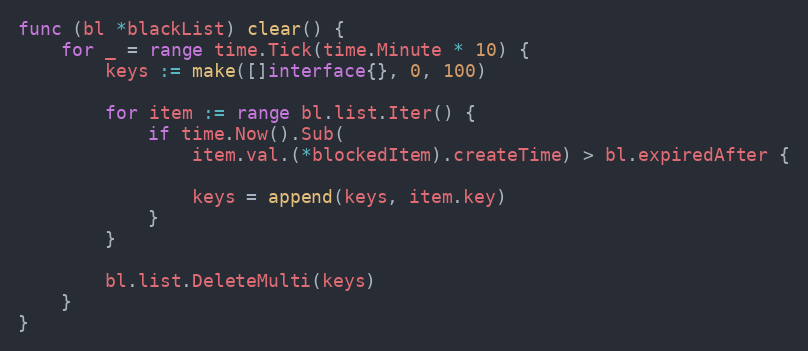
Language: Go
func (bl *blackList) clear() {
	for _ = range time.Tick(time.Minute * 10) {
		keys := make([]interface{}, 0, 100)

		for item := range bl.list.Iter() {
			if time.Now().Sub(
				item.val.(*blockedItem).createTime) > bl.expiredAfter {

				keys = append(keys, item.key)
			}
		}

		bl.list.DeleteMulti(keys)
	}
}